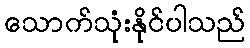
သောက်သုံးနိုင်ပါသည်